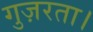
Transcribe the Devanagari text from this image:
गुज़रता।